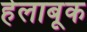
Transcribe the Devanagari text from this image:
हेलाबूक